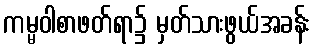
ကမ္မဝါစာဖတ်ရာ၌ မှတ်သားဖွယ်အခန်း